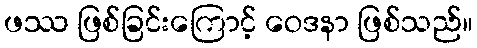
ဖဿ ဖြစ်ခြင်းကြောင့် ဝေဒနာ ဖြစ်သည်။